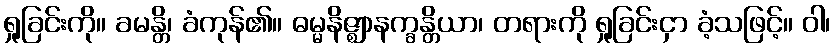
ရှုခြင်းကို။ ခမန္တိ၊ ခံကုန်၏။ ဓမ္မနိဇ္ဈာနက္ခန္တိယာ၊ တရားကို ရှုခြင်းငှာ ခံ့သဖြင့်။ ဝါ၊